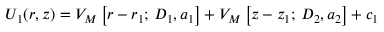
U _ { 1 } ( r , z ) = V _ { M } \left[ r - r _ { 1 } ; \, D _ { 1 } , a _ { 1 } \right] + V _ { M } \left[ z - z _ { 1 } ; \, D _ { 2 } , a _ { 2 } \right] + c _ { 1 }